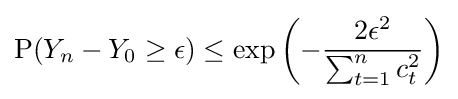
{\text{P}}(Y_{n}-Y_{0}\geq \epsilon )\leq \exp \left(-{\frac {2\epsilon ^{2}}{\sum _{t=1}^{n}c_{t}^{2}}}\right)